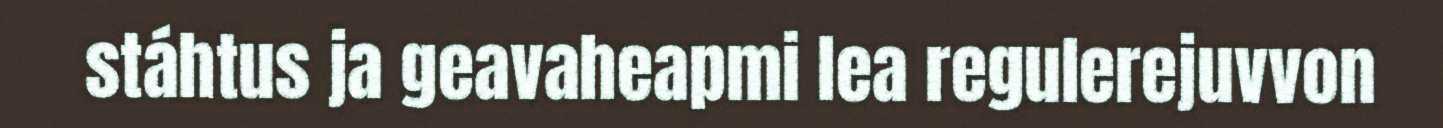
stáhtus ja geavaheapmi lea regulerejuvvon